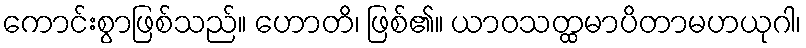
ကောင်းစွာဖြစ်သည်။ ဟောတိ၊ ဖြစ်၏။ ယာဝသတ္ထမာပိတာမဟယုဂါ၊